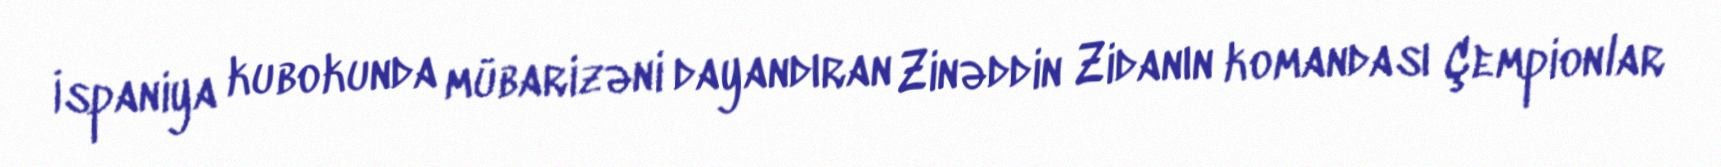
İspaniya kubokunda mübarizəni dayandıran Zinəddin Zidanın komandası Çempionlar